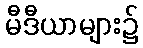
မီဒီယာများ၌